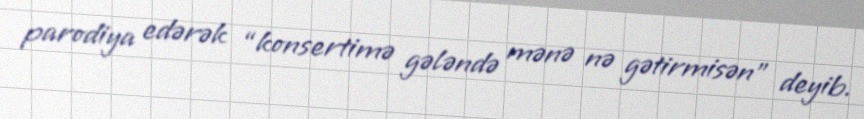
parodiya edərək “konsertimə gələndə mənə nə gətirmisən” deyib.